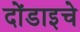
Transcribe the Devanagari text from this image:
दोंडाइचे